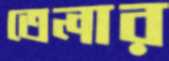
তেলার